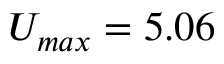
U _ { m a x } = 5 . 0 6